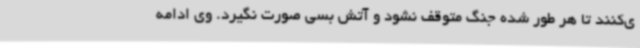
ی‌کنند تا هر طور شده جنگ متوقف نشود و آتش بسی صورت نگیرد. وی ادامه